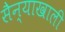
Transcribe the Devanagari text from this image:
सैन्याखाली